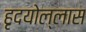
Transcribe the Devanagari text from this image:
हृदयोल्लास